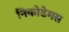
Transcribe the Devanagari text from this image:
निकोडेमस